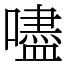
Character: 嚍